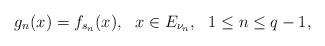
LaTeX: \begin{align*}g_n(x)=f_{s_n}(x),\ \ x\in E_{\nu_n},\ \ 1\leq n \leq q-1,\end{align*}